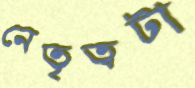
নেতৃত্বটা